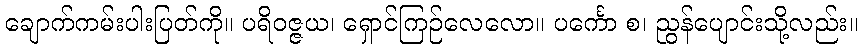
ချောက်ကမ်းပါးပြတ်ကို။ ပရိဝဇ္ဇယ၊ ရှောင်ကြဉ်လေလော။ ပင်္ကော စ၊ ညွန်ပျောင်းသို့လည်း။